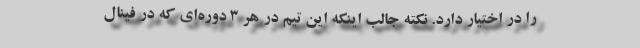
را در اختیار دارد. نکته جالب اینکه این تیم در هر 3 دوره‌ای که در فینال